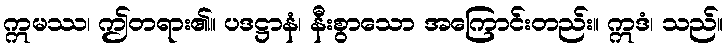
ဣမဿ၊ ဤတရား၏။ ပဒဋ္ဌာနံ၊ နီးစွာသော အကြောင်းတည်း။ ဣဒံ၊ သည်။